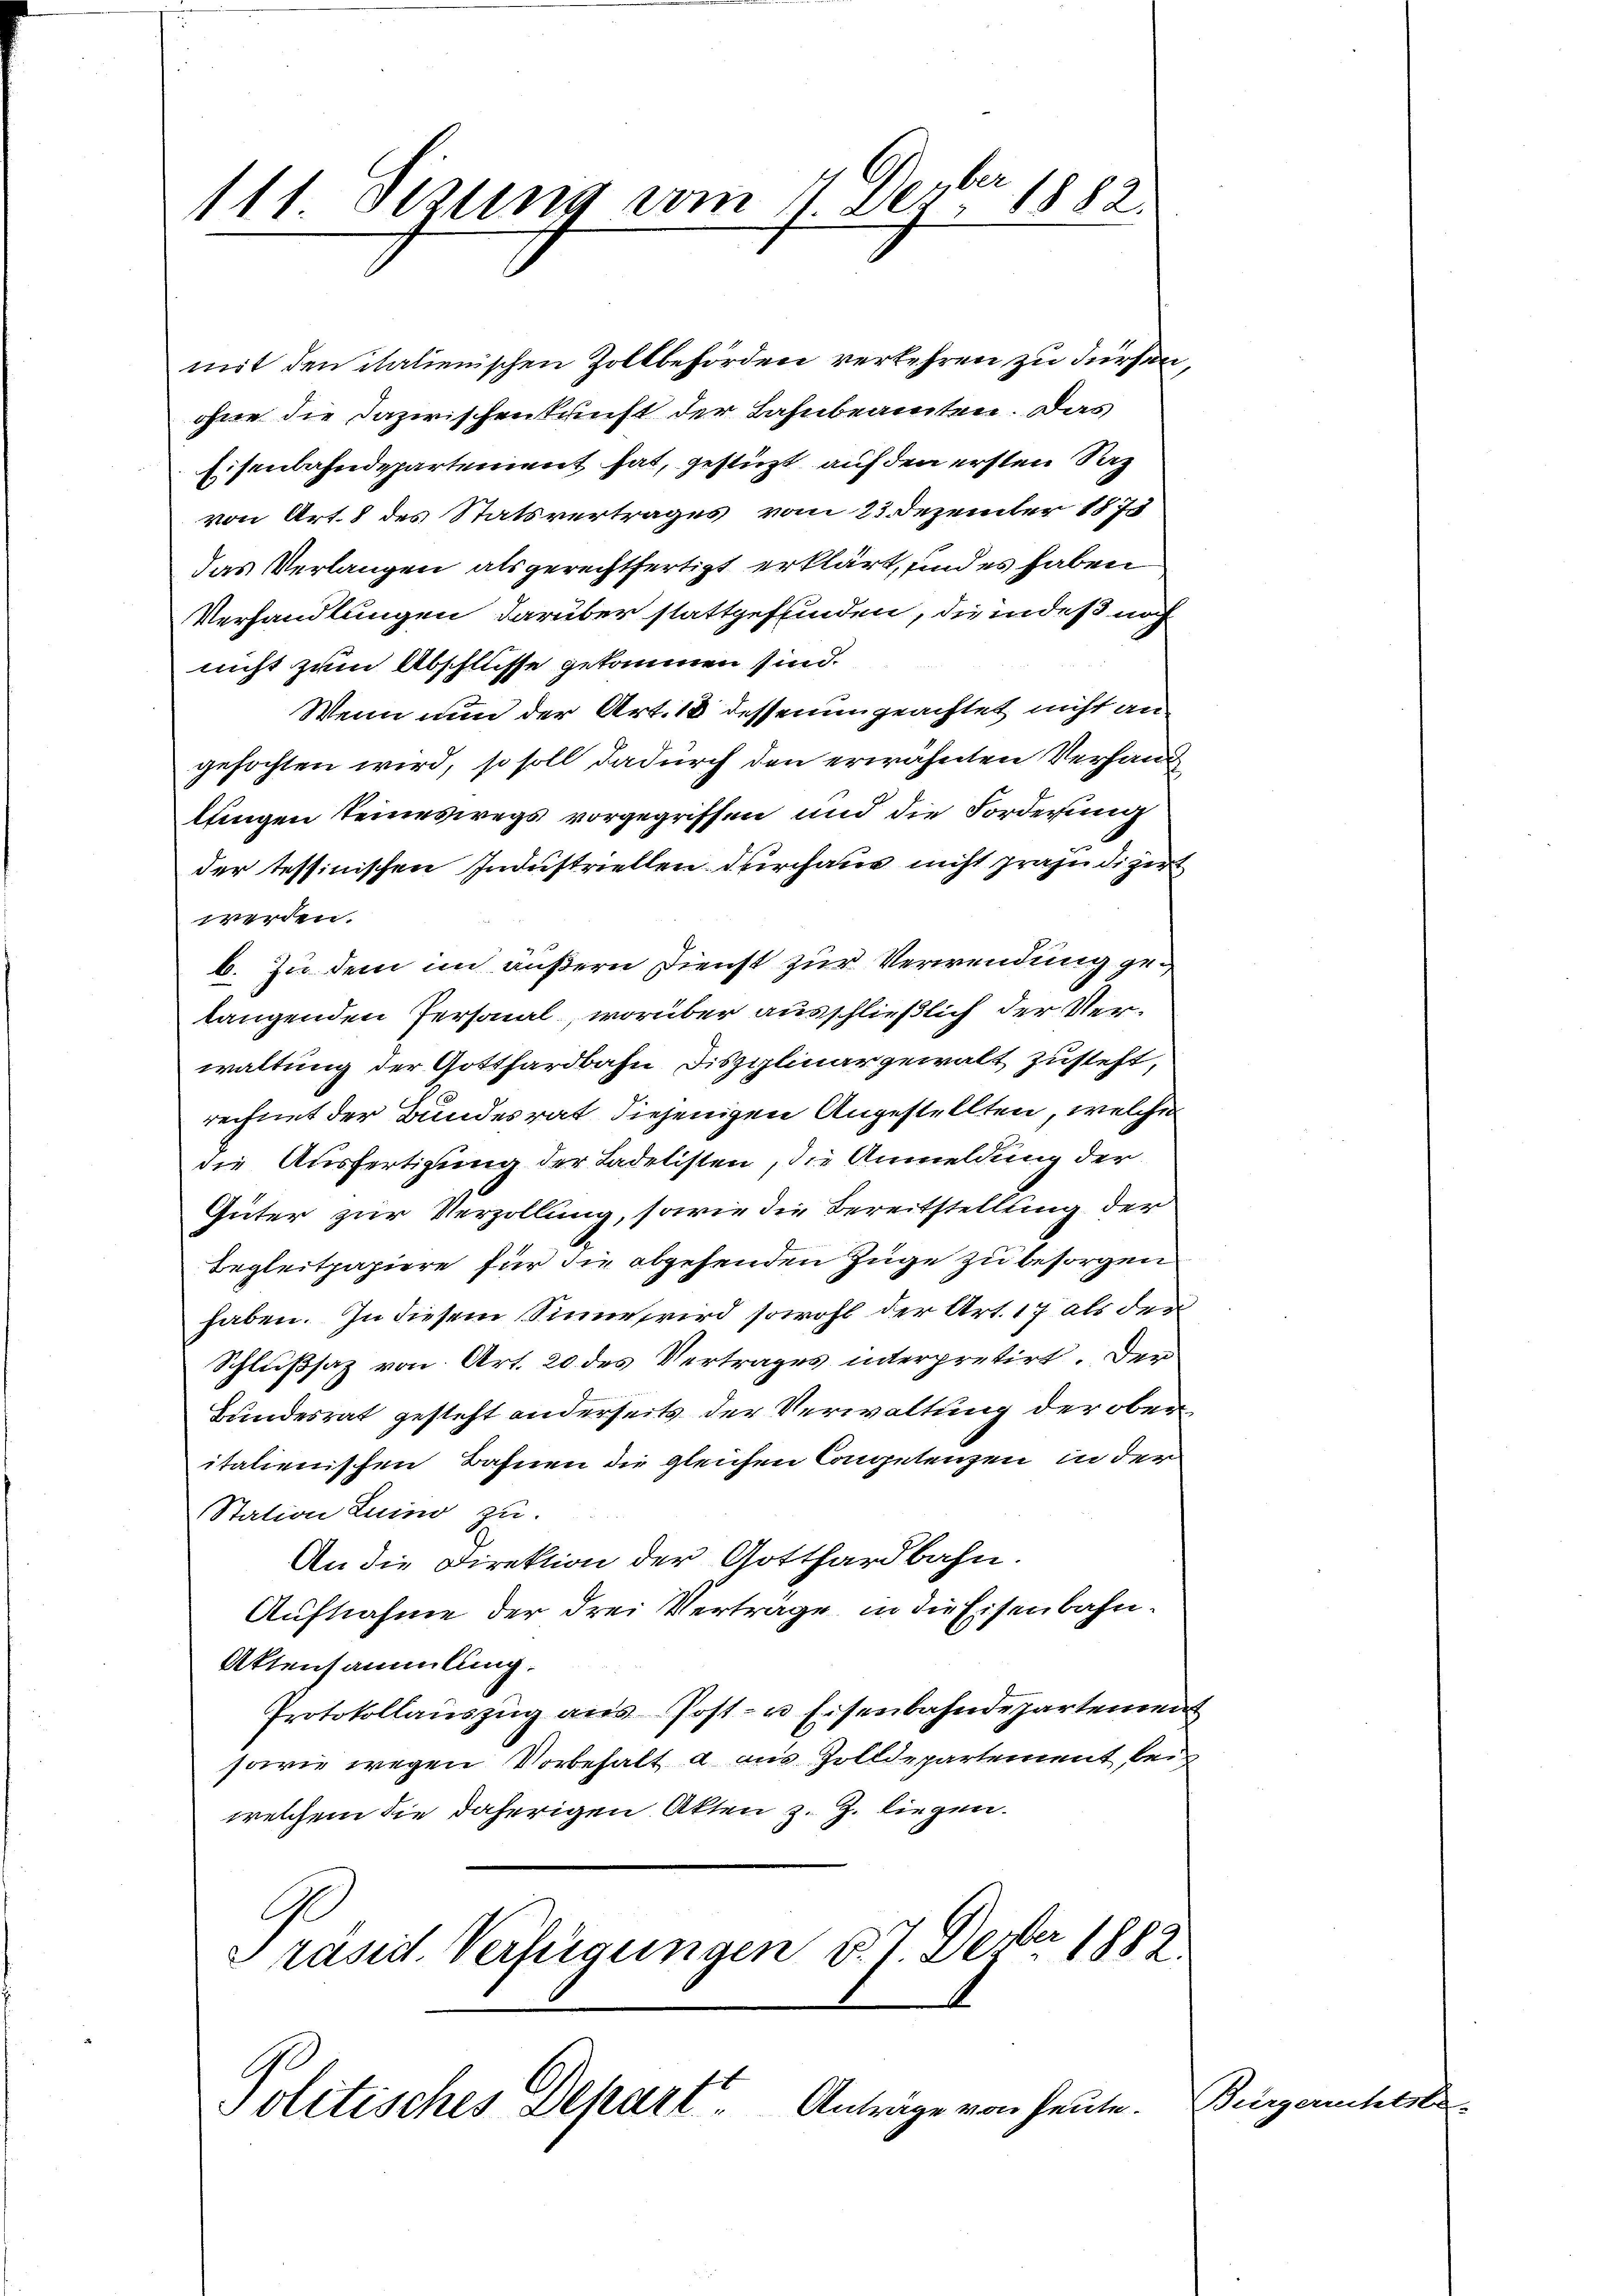
111 Sizung vom 11. Dezbr. 1882.

mit den italienischen Zollbehörden verkehren zu dürfen
ohne die Dazwischenkunft der Bahnbeamten. Das
Eisenbahndepartement hat, gestüzt, auf den ersten Sac
von Art. 8 des Statsvertrages vom 23. Dezember 1873
das Verlangen als gerechtfertigt erklärt, sind es haben
Verhandlungen darüber stattgeffinden, die indeß noch
nicht zum Abschlüsse gekommen sind.
Wenn nun der Art. 18 dessenungeachtet nicht an
gefochten wird, so soll dadurch den erwähnten Verhand
lungen seineswegs vorgegriffen und die Forderung
der tessinischen Industriellen durchaus nicht präjudiger
werden.
b. In dem im äußern Dienst zur Verwendung gelangenden Personal, worüber ausschließlich der Verwaltung der Gotthardbahn Disziplinar gewalt zusteht,
rechnet der Bundesrat diejenigen Angestellten, welche
die Ausfertigung der Ladelisten, die Anmeldung der
Güter zur Verzollung, sowie die Bereitstellung der
Begleitpapiere für die abgehenden Zuge zu besorgen
haben. In diesem Sinne wird sowohl der Art. 17 als der
Schlußsaz von Art. 20 des Vertrages interpretirt. Der
Bundesrat gesteht anderseits der Verwaltung der oberitalienischen Bahnen die gleichen Competenzen in der
Station Luino zu.
An die Direktion der Gotthardbahn.
Aufnahme der drei Vertrage in die Eisenbahn¬
Aktensammlung.
Protokollauszug aus Post- u Eisenbahndepartemen
sowie wegen Vorbehalt a aus Zolldepartement, bei
welchem die daherigen Akten z. Z. liegen.
s
Präsid. Verfügungen d. 7. Dember 1882

Politisches Depart. Anträge von heute.

5

Bürgerrechts-